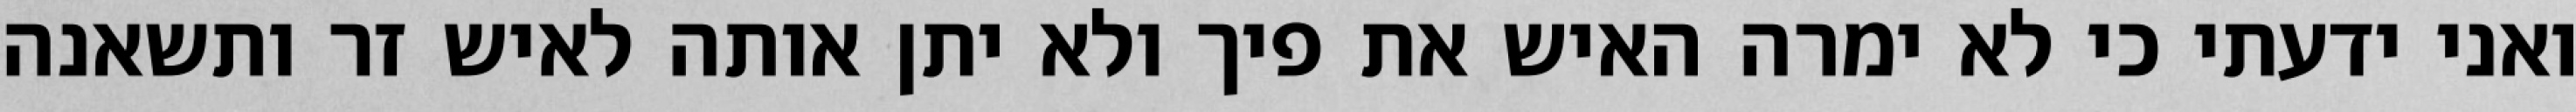
ואני ידעתי כי לא ימרה האיש את פיך ולא יתן אותה לאיש זר ותשאנה